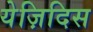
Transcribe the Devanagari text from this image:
येज़िदिस